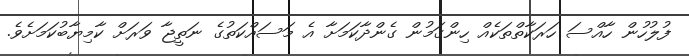
ފުލުހުން ހާއްސަ ހަރަކާތްތަކެއް ހިންގަމުން ގެންދާކަމަށާ އެ މަސައްކަތުގެ ނަތީޖާ ވަރަށް ކާމިޔާބުކަމަށެވެ.